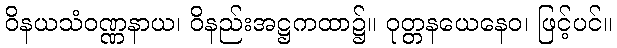
ဝိနယသံဝဏ္ဏနာယ၊ ဝိနည်းအဋ္ဌကထာ၌။ ဝုတ္တနယေနေဝ၊ ဖြင့်ပင်။